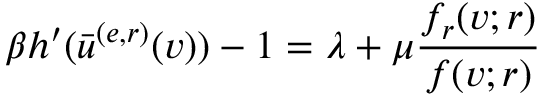
\beta h ^ { \prime } ( \bar { u } ^ { ( e , r ) } ( v ) ) - 1 = \lambda + \mu \frac { f _ { r } ( v ; r ) } { f ( v ; r ) }